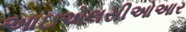
આઇએલસીઓઆર